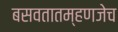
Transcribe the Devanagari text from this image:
बसवतातम्हणजेच